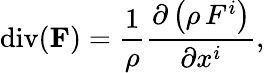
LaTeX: \operatorname{div}(\mathbf{F})={\frac{1}{\rho}}{\frac{\partial\left(\rho\, F^{i}\right)}{\partial x^{i}}},